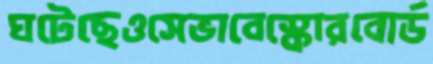
ঘটেছেওসেভাবেস্কোরবোর্ড